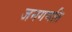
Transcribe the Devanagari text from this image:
जनगणति